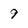
Character: 9